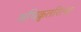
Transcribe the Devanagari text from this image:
अधिक्रुतरित्या